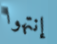
إنتهوا